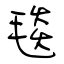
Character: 毯